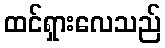
ထင်ရှားလေသည်